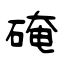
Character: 硽